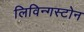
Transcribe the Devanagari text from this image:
लिविन्गस्टोन